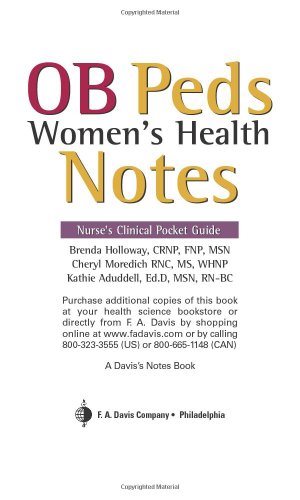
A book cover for OB Peds Women's Health Notes: Nurse's Clinical Pocket Guide (Nurse's Clinical Pocket Guides); Brenda Holloway; Medical Books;